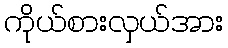
ကိုယ်စားလှယ်အား